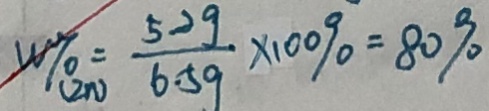
w \% _ { ( z n ) } = \frac { 5 . 2 g } { 6 . 5 g } \times 1 0 0 \% = 8 0 \%